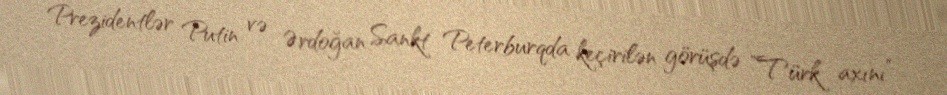
Prezidentlər Putin və Ərdoğan Sankt Peterburqda keçirilən görüşdə ”Türk axını”